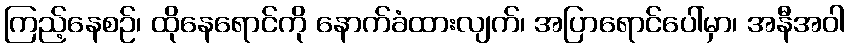
ကြည့်နေစဉ်၊ ထိုနေရောင်ကို နောက်ခံထားလျက်၊ အပြာရောင်ပေါ်မှာ၊ အနီအဝါ